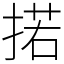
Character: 掿